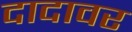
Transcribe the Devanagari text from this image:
दादावर